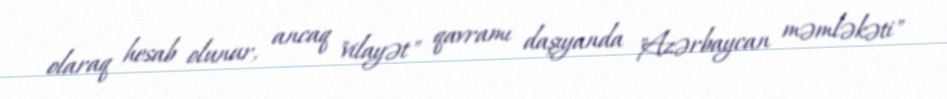
olaraq hesab olunur, ancaq "vilayət" qavramı daşıyanda "Azərbaycan məmləkəti"